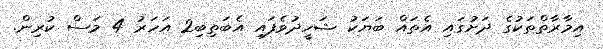
އިމާރާތްތަކުގެ ދަށުގައި އެތައް ބަޔަކު ޝަހީދުވެފައި އެބަތިބި2 އަހަރު 4 މަސް ކުރިން.